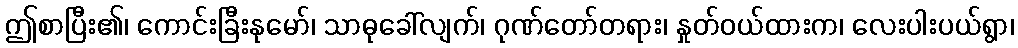
ဤစာပြီး၏၊ ကောင်းခြီးနုမော်၊ သာဓုခေါ်လျက်၊ ဂုဏ်တော်တရား၊ နှုတ်ဝယ်ထားက၊ လေးပါးပယ်ရွာ၊